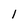
Character: l